Problem: 2 + 7 = ?
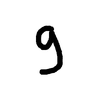
Handwritten answer: 9